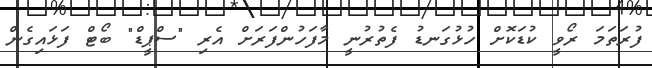
ފުރަތަމަ ރޯވީ ކުޑަކޮށް ހުޅުގަނޑު ފެތުރުނީ މާފަހުންފަރަށް އެރި "ސްޕީޑް" ބޯޓް ފަޅައިގެން